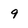
Character: 9